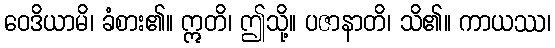
ဝေဒိယာမိ၊ ခံစား၏။ ဣတိ၊ ဤသို့။ ပဇာနာတိ၊ သိ၏။ ကာယဿ၊